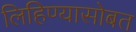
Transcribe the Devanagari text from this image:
लिहिण्यासोबत